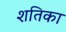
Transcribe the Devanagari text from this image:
शतिका